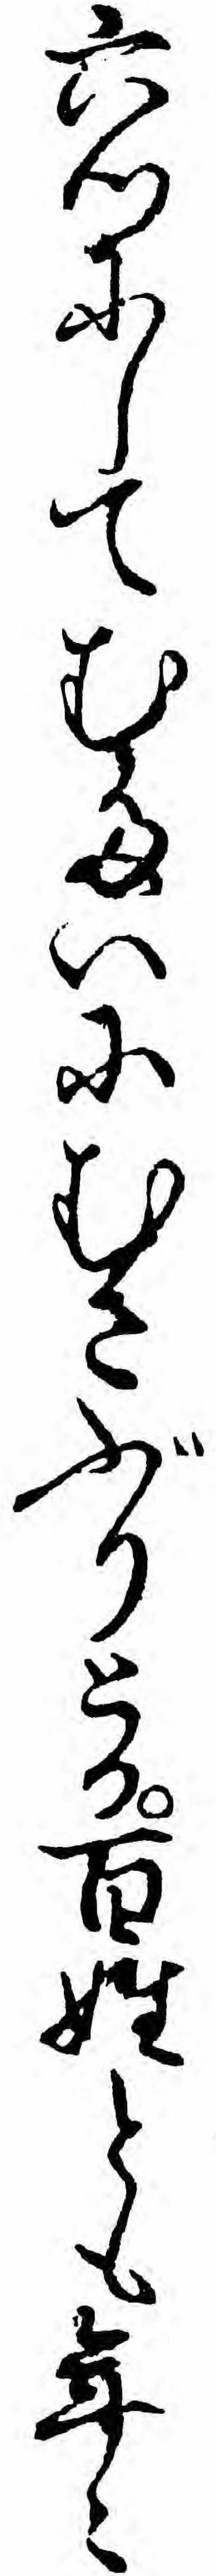
六つにしてむたいにむさぶりとる百姓とも年々